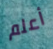
أعلم